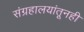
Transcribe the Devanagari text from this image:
संग्रहालयांतूनही